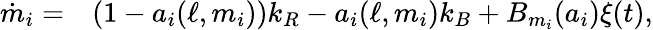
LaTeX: \begin{array}{rl}{\dot{m}_{i}=}&{{}(1-a_{i}(\ell,m_{i}))k_{R}-a_{i}(\ell,m_{i})k_{B}+B_{m_{i}}(a_{i})\xi(t),}\end{array}